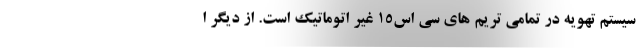
سیستم تهویه در تمامی تریم های سی اس15 غیر اتوماتیک است. از دیگر ا